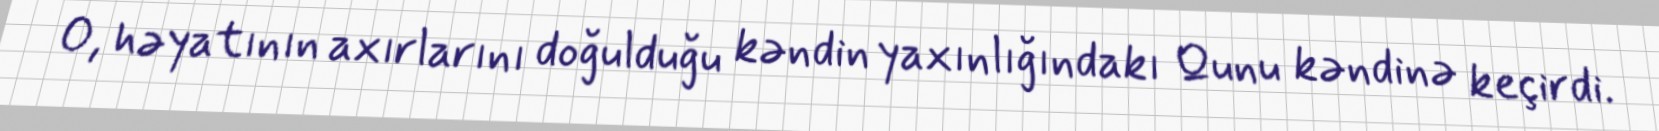
O, həyatının axırlarını doğulduğu kəndin yaxınlığındakı Qunu kəndinə keçirdi.